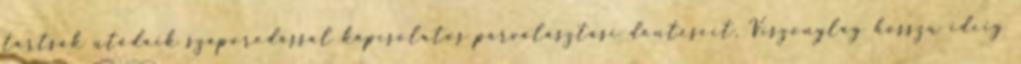
tartsák utódaik szaporodással kapcsolatos párválasztási döntéseit. Viszonylag hosszú ideig